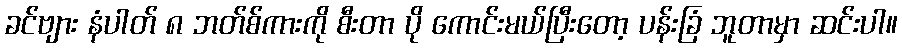
ခင်ဗျား နံပါတ် ၈ ဘတ်စ်ကားကို စီးတာ ပို ကောင်းမယ်ပြီးတော့ ပန်းခြံ ဘူတာမှာ ဆင်းပါ။